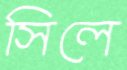
সিলে